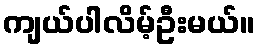
ကျယ်ပါလိမ့်ဦးမယ်။